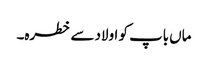
ماں باپ کو اولاد سے خطرہ۔